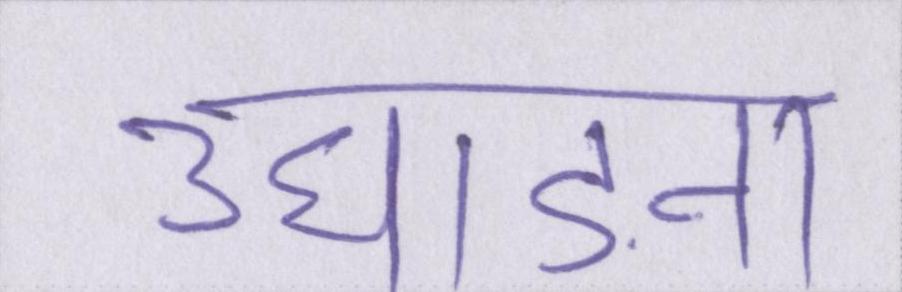
उघाड़ना